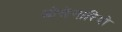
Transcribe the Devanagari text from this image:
ओलेगारियो